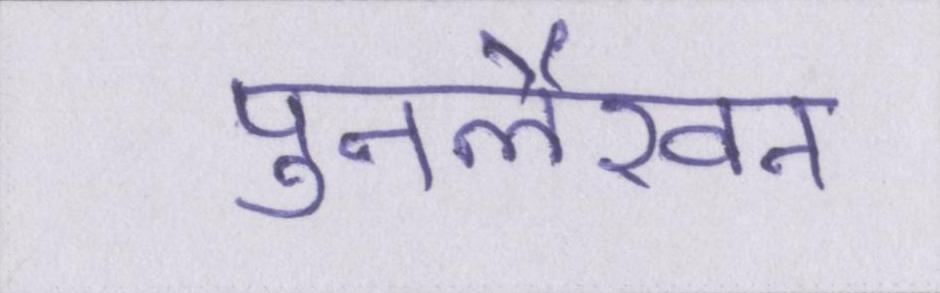
पुनर्लेखन